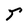
Character: r